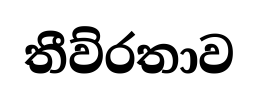
තීව්රතාව